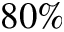
8 0 \%